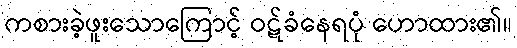
ကစားခဲ့ဖူးသောကြောင့် ဝဋ်ခံနေရပုံ ဟောထား၏။